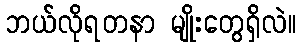
ဘယ်လိုရတနာ မျိုးတွေရှိလဲ။